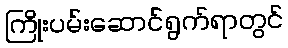
ကြိုးပမ်းဆောင်ရွက်ရာတွင်